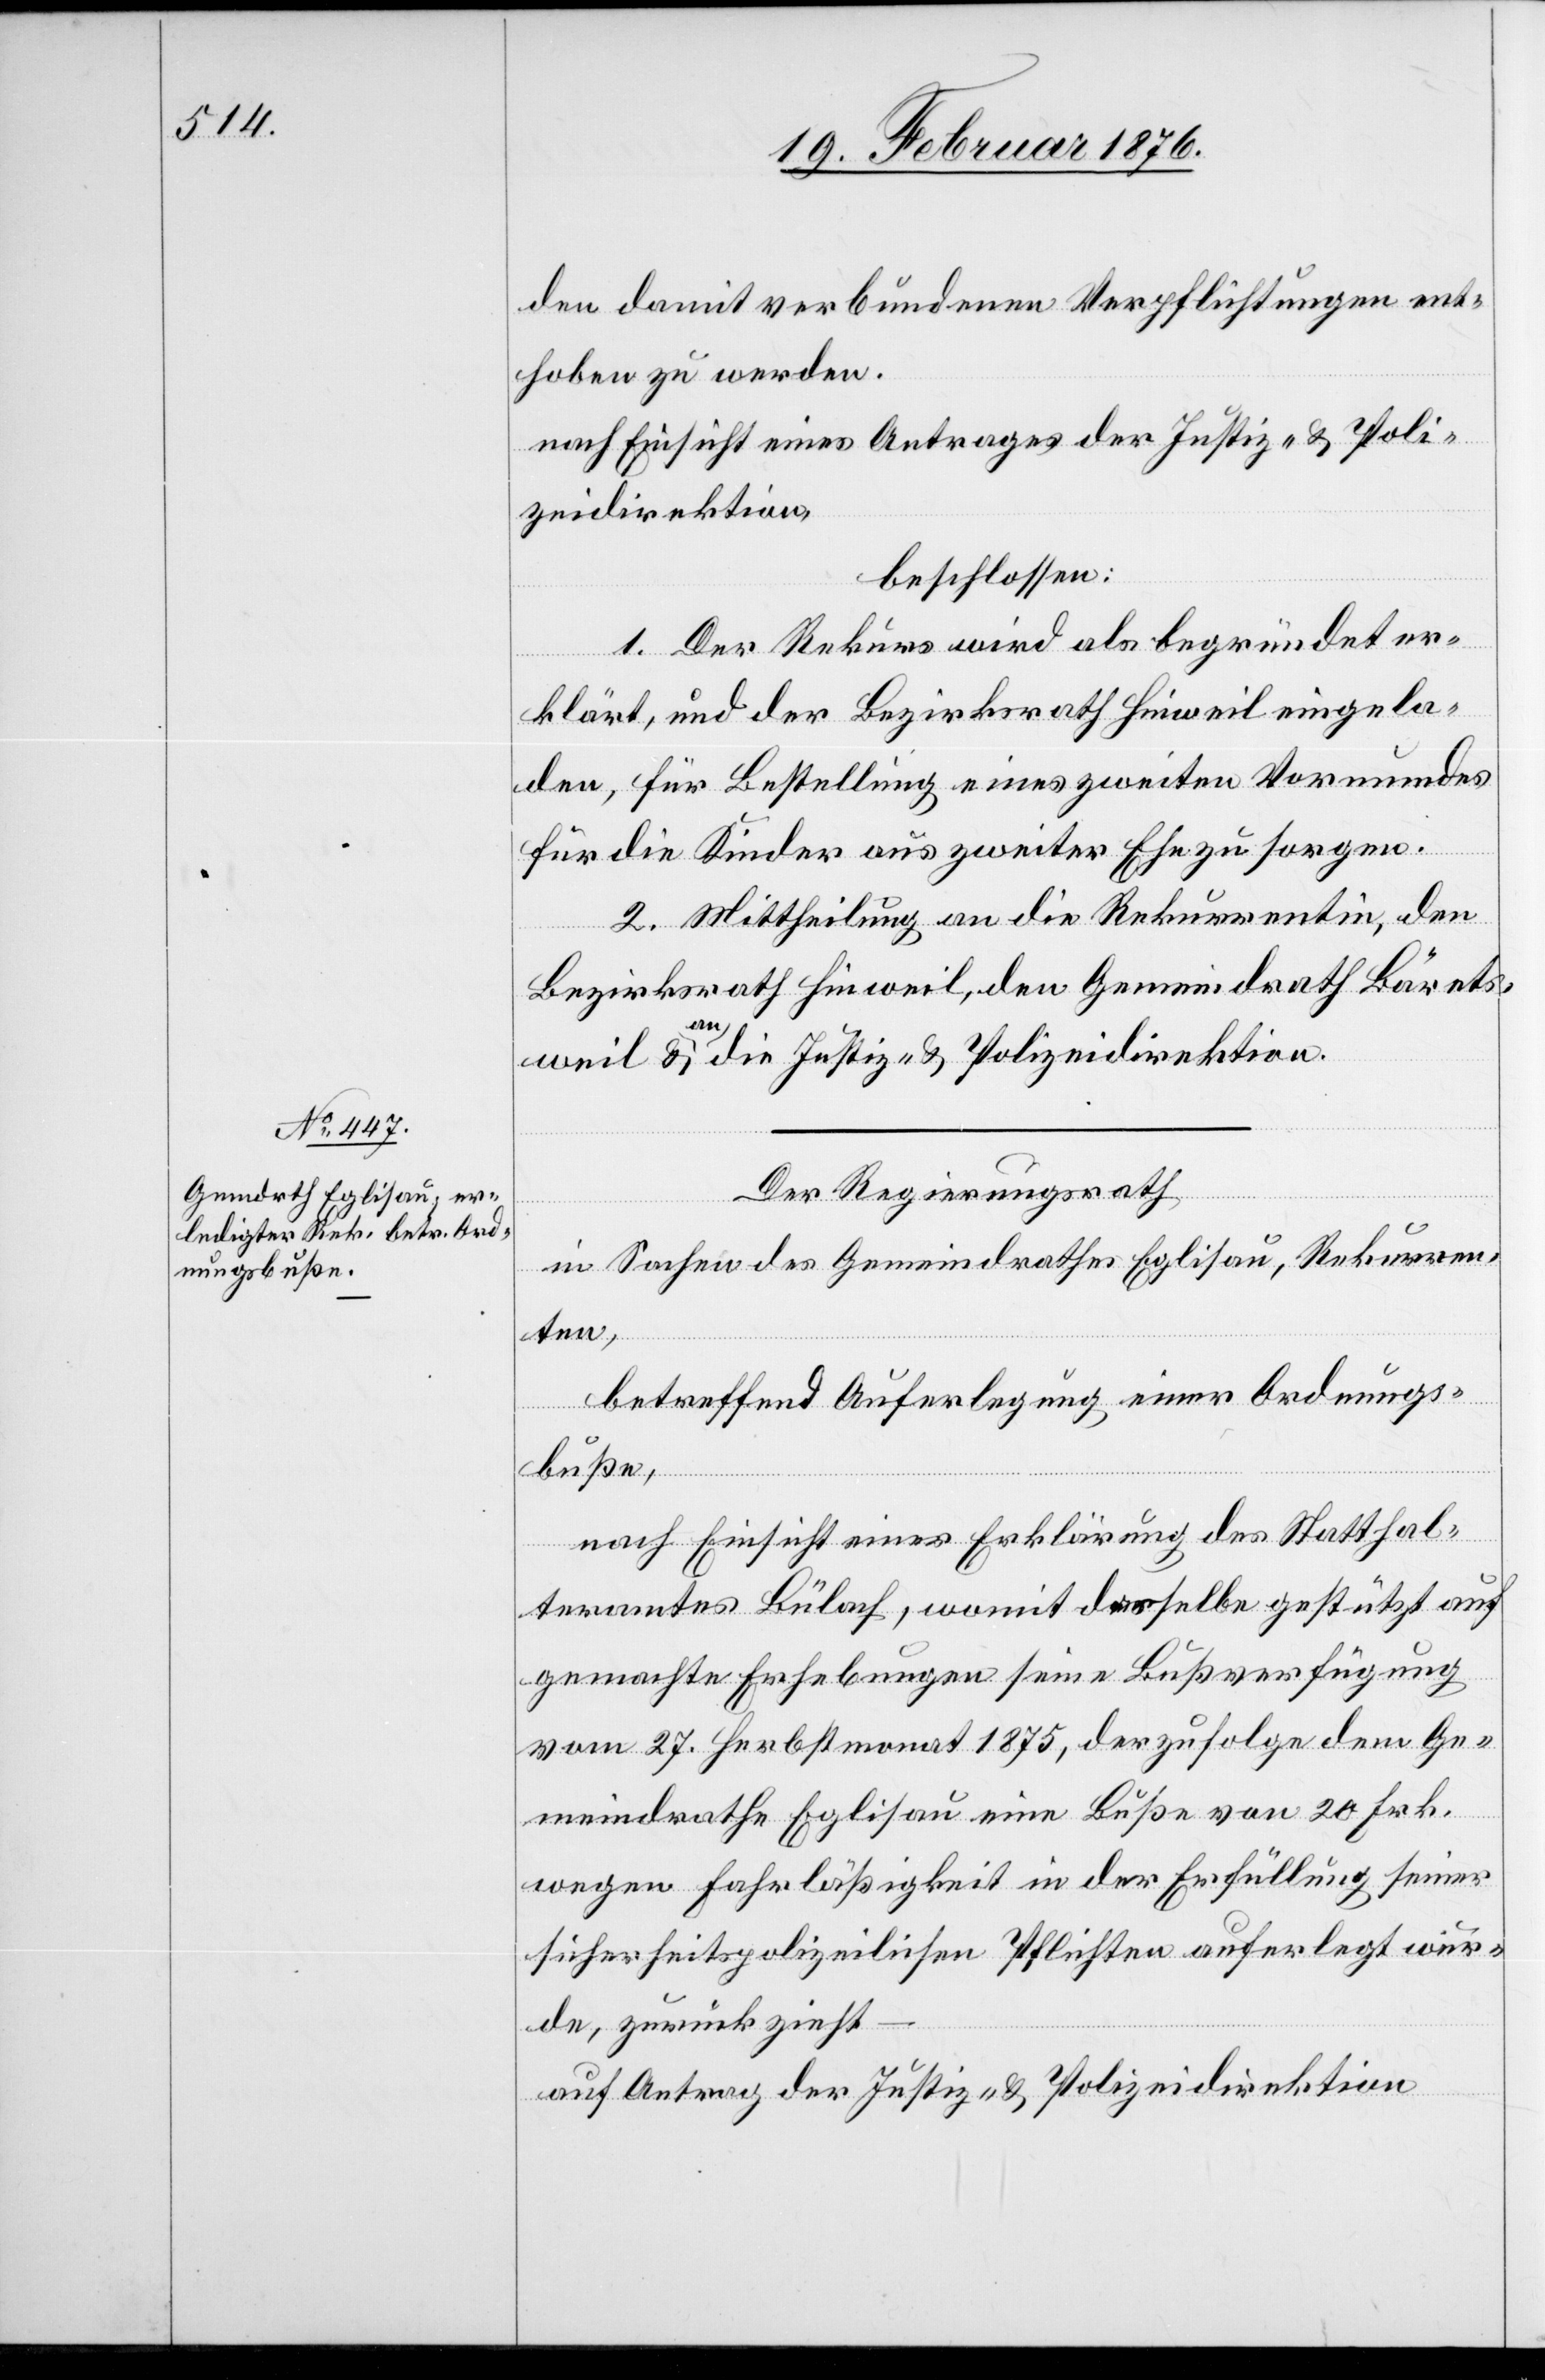
den damit verbundenen Verpflichtungen ent¬
hoben zu werden.
nach Einsicht eines Antrages der Justiz- und Poli¬
zeidirektion,
beschlossen:
1. Der Rekurs wird als begründet er¬
klärt, und der Bezirksrath Hinweil eingela¬
den, für Bestellung eines zweiten Vormundes
für die Kinder aus zweiter Ehe zu sorgen.
2. Mittheilung an die Rekurrentin, den
Bezirksrath Hinweil, den Gemeindrath Bärets¬
weil & an die Justiz- und Polizeidirektion.
Der Regierungsrath
in Sachen des Gemeindrathes Eglisau, Rekurren¬
ten,
betreffend Auferlegung einer Ordnungs¬
buße,
nach Einsicht einer Erklärung des Statthal¬
teramtes Bülach, womit derselbe gestützt auf
gemachte Erhebungen seine Bußverfügung
vom 27. Herbstmonat 1875, derzufolge dem Ge¬
meindrath Eglisau eine Buße von 20 Frk.
wegen Fahrläßigkeit in der Erfüllung seiner
sicherheitspolizeilichen Pflichten auferlegt wur¬
de, zurückzieht
auf Antrag der Justiz- & Polizeidirektion